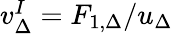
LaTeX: \begin{array}{r}{v_{\Delta}^{I}=F_{1,\Delta}/u_{\Delta}}\end{array}